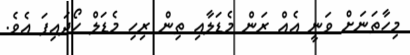
މިހާތަނަށް ވަނީ އެއް ރަން މެޑަލާއި ތިން ރިހި މެޑަލް ހޯދައިފަ އެވެ.